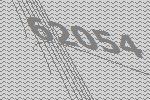
62054